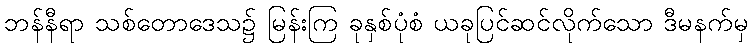
ဘန်နီရာ သစ်တောဒေသ၌ မြန်းကြ ခုနှစ်ပုံစံ ယခုပြင်ဆင်လိုက်သော ဒီမနက်မှ